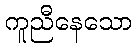
ကူညီနေသော